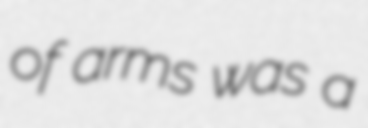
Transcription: of arms was a